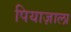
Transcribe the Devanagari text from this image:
पियाज़ाला